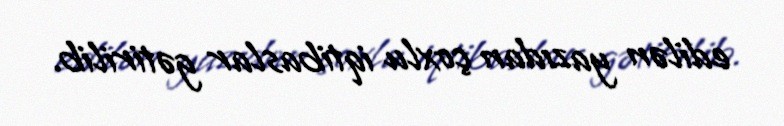
edilən yazıdan çoxlu iqtibaslar gətirilib.